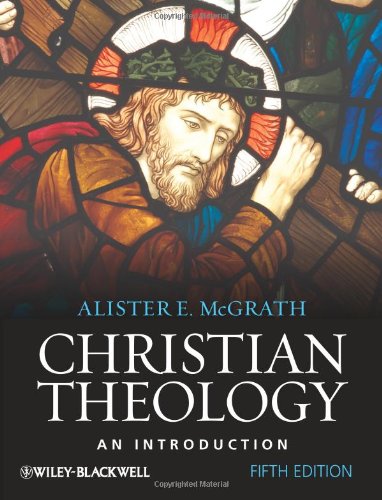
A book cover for Christian Theology: An Introduction; Alister E. McGrath; Christian Books & Bibles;